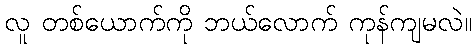
လူ တစ်ယောက်ကို ဘယ်လောက် ကုန်ကျမလဲ။